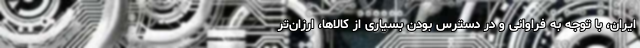
ایران، با توجه به فراوانی و در دسترس بودن بسیاری از کالاها، ارزان‌تر